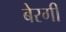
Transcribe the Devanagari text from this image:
बेरगी